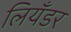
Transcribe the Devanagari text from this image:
लियँडर